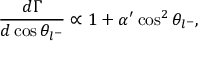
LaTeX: \frac { d \Gamma } { d \cos \theta _ { l ^ { - } } } \propto 1 + \alpha ^ { \prime } \cos ^ { 2 } \theta _ { l ^ { - } } ,